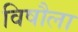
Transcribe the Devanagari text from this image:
विषौला